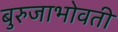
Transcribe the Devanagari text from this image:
बुरुजाभोवती